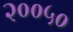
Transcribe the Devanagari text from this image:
२००५०